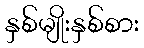
နှစ်မျိုးနှစ်စား